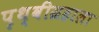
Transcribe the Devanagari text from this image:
पृथ्वीग्रहाला